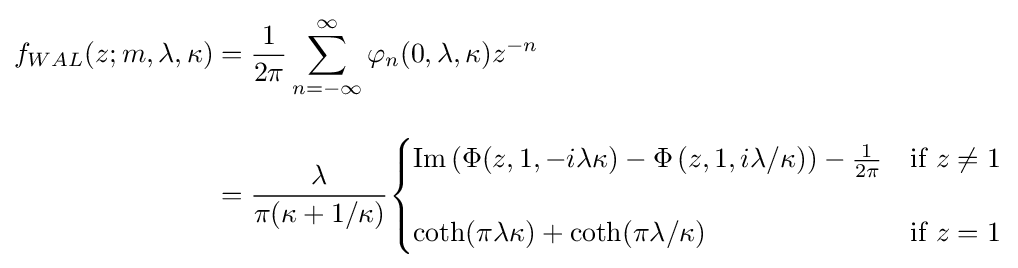
{\begin{aligned}f_{WAL}(z;m,\lambda ,\kappa )&={\frac {1}{2\pi }}\sum _{n=-\infty }^{\infty }\varphi _{n}(0,\lambda ,\kappa )z^{-n}\\[10pt]&={\frac {\lambda }{\pi (\kappa +1/\kappa )}}{\begin{cases}{\textrm {Im}}\left(\Phi (z,1,-i\lambda \kappa )-\Phi \left(z,1,i\lambda /\kappa \right)\right)-{\frac {1}{2\pi }}&{\text{if }}z\neq 1\\[12pt]\coth(\pi \lambda \kappa )+\coth(\pi \lambda /\kappa )&{\text{if }}z=1\end{cases}}\end{aligned}}